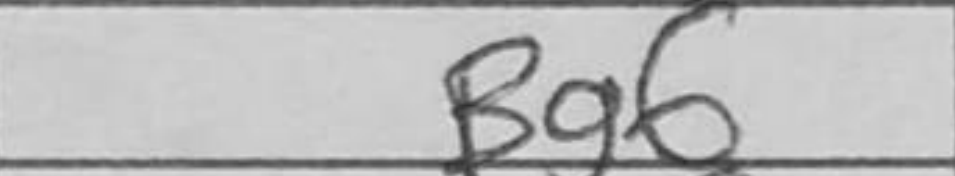
Transcription: Bg6